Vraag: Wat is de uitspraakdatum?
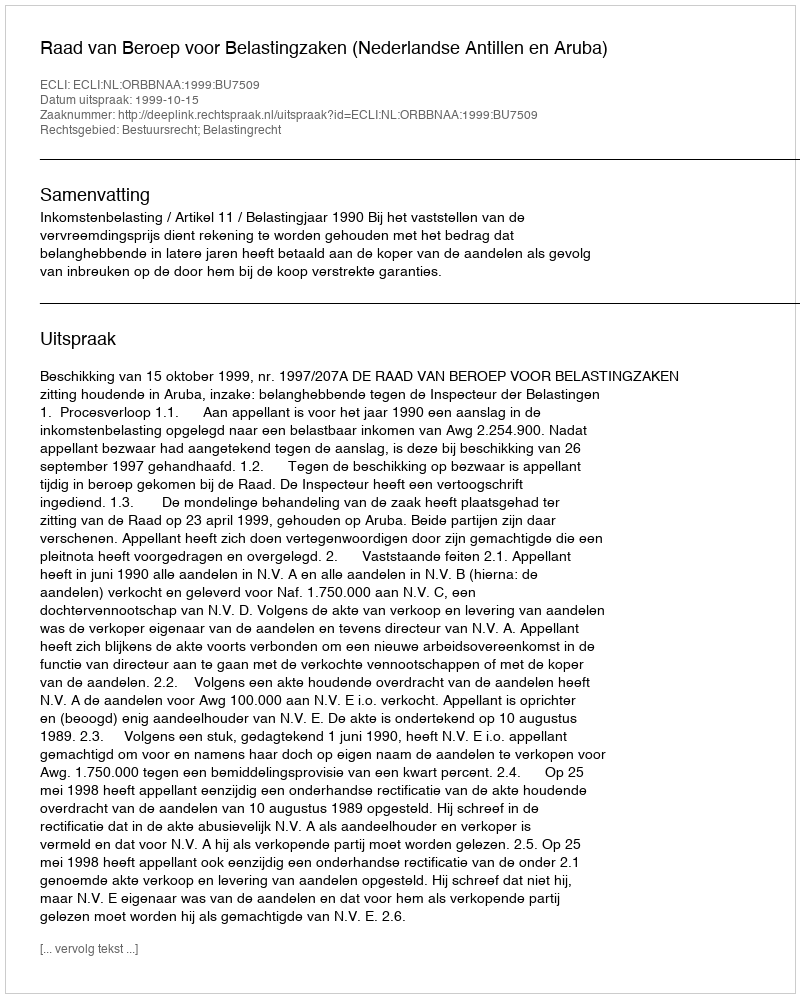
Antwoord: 1999-10-15